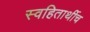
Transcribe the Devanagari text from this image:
स्वहितार्थीच